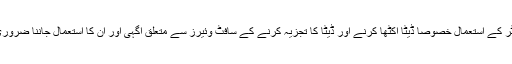
کمپیوٹر کے استعمال خصوصاً ڈیٹا اکٹھا کرنے اور ڈیٹا کا تجزیہ کرنے کے سافٹ وئیرز سے متعلق آگہی اور ان کا استعمال جاننا ضروری ہے۔